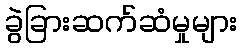
ခွဲခြားဆက်ဆံမှုများ